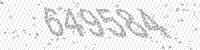
Solution: 649584